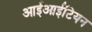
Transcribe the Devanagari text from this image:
आईआईटियन